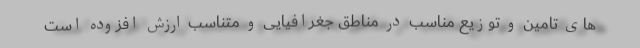
های تامین و توزیع مناسب در مناطق جغرافیایی و متناسب ارزش افزوده است